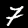
Digit: 7